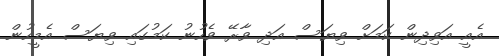
އެއީ އަވިދިން ކަމަށް ވިޔަސް އަދި ވާރޭ ވެހުނު ކަމުގައި ވިޔަސް އެމީހުން